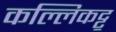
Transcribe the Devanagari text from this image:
कल्लिकट्टू